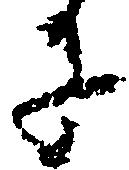
に